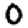
Digit: 0